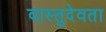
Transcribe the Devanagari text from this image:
वास्तुदेवता